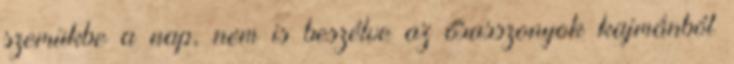
szemükbe a nap, nem is beszélve az ősasszonyok kajmánból